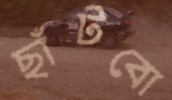
ছাঁটবো